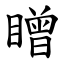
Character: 䁬